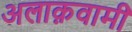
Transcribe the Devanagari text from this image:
अलाक़वामी